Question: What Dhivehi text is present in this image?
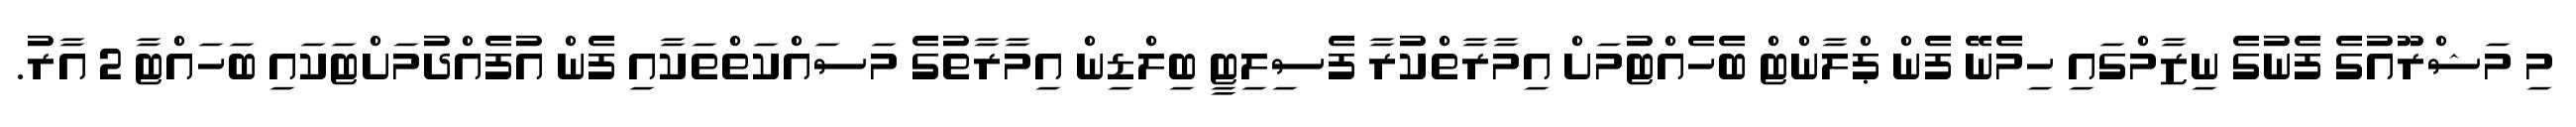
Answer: މި މަޝްރޫއުގެ ފެނުގެ ނިޒާމްގައި ހިމެނޭ ފެން ޕްލާންޓް ބެހެއްޓުމަށް އިމާރާތްކުރާ ފެސިލިޓީ ބިލްޑިން އިމާރާތުގެ މަސައްކަތްތަކާއި ފެން އުފެއްދުމަށްޓަކައި ބަހައްޓާ 2 އާރު.